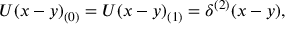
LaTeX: U ( x - y ) _ { ( 0 ) } = U ( x - y ) _ { ( 1 ) } = \delta ^ { ( 2 ) } ( x - y ) ,